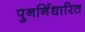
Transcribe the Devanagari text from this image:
पुनर्निधारित